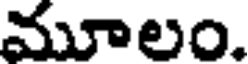
మూలం.